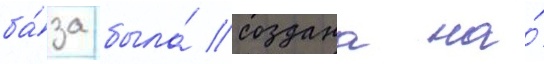
ба́за была́ создана на́